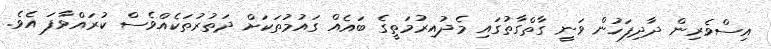
އިސްވެރިން ދާދިފަހުން ވަނީ ގާތްގާތުގައި މެދުއިރުމަތީގެ ބައެއް ގައުމުތަކަށް ދަތުރުތަކެއްވެސް ކުރައްވާފަ އެވެ.